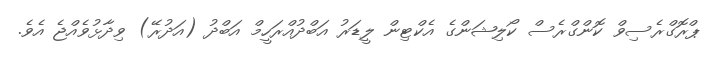
ޕްރޮގްރެސިވް ކޮންގްރެސް ކޯލިޝަންގެ އެކްޓިން ލީޑަރު އަބްދުއްރަހީމް އަބްދު (އަދުރޭ) ވިދާޅުވެއްޖެ އެވެ.